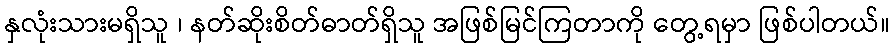
နှလုံးသားမရှိသူ ၊ နတ်ဆိုးစိတ်ဓာတ်ရှိသူ အဖြစ်မြင်ကြတာကို တွေ့ရမှာ ဖြစ်ပါတယ်။